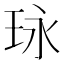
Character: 𤤯